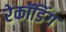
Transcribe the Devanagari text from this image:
रेकॉडिंग